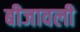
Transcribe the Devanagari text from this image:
बीजावली